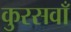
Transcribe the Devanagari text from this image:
कुरसवाँ